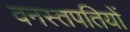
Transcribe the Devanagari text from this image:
वनस्तपतियों